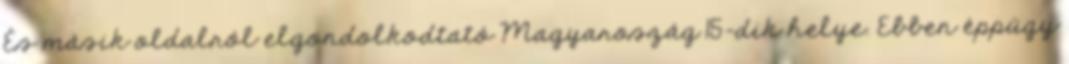
És másik oldalról elgondolkodtató Magyaroszág 15-dik helye. Ebben éppúgy